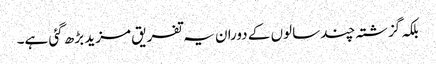
بلکہ گزشتہ چند سالوں کے دوران یہ تفریق مزید بڑھ گئی ہے۔